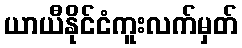
ယာယီနိုင်ငံကူးလက်မှတ်